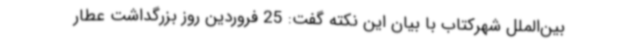
بین‌الملل شهرکتاب با بیان این نکته گفت: 25 فروردین روز بزرگداشت عطار